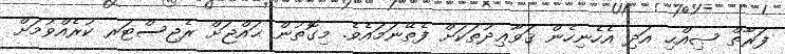
ފަރާތް ޞިއްޙި އަދި އެހެނިހެން ޤަވާޢިދުތަކަށް ފެތޭނަމައެވެ. މިގޮތުން ޙައްޖަށް ރެޖިސްޓަރ ކުރެއްވުމަށް